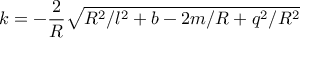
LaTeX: k = - \frac { 2 } { R } \sqrt { R ^ { 2 } / l ^ { 2 } + b - 2 m / R + q ^ { 2 } / R ^ { 2 } }